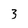
Character: 3